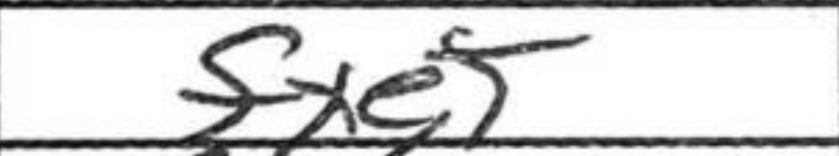
Transcription: fxe5